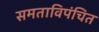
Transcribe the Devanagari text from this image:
समताविपंचित